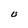
Character: U